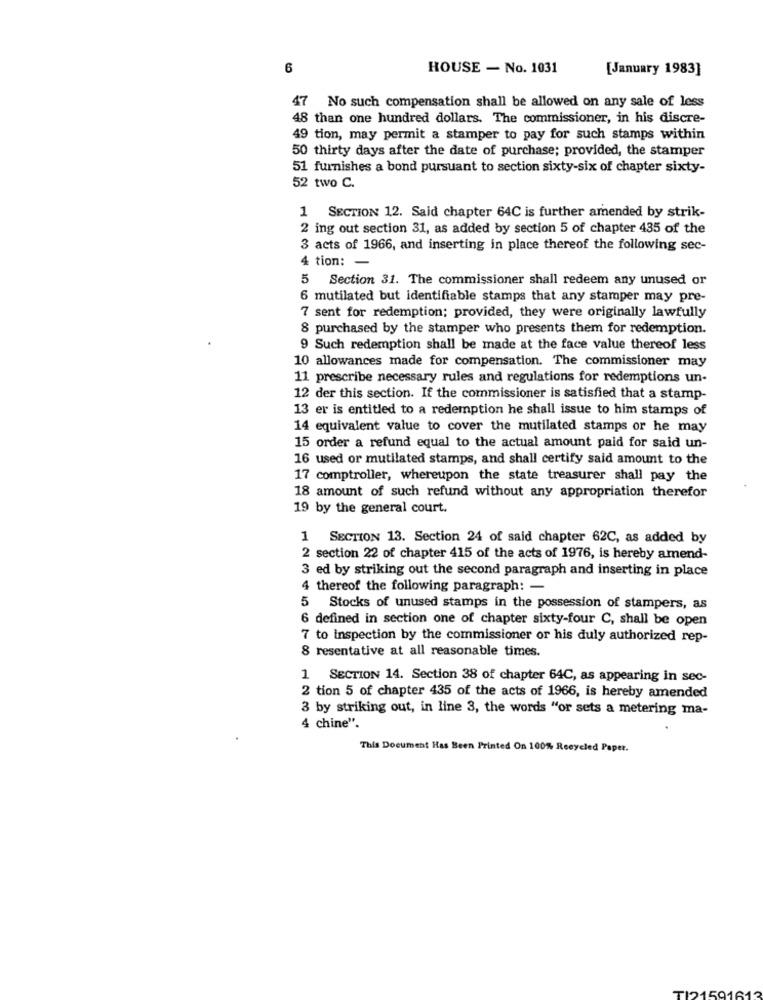
6
HOUSE - No. 1031
[January 1983]
47 No such compensation shall be allowed on any sale of less
48 than one hundred dollars. The commissioner, in his discre-
49 tion, may permit a stamper to pay for such stamps within
50 thirty days after the date of purchase; provided, the stamper
51 furnishes a bond pursuant to section sixty-six of chapter sixty-
52 two C.
1 SECTION 12. Said chapter 64C is further amended by strik-
2 ing out section 31, as added by section 5 of chapter 435 of the
3 acts of 1966, and inserting in place thereof the following sec-
4 tion: -
5 Section 31. The commissioner shall redeem any unused or
6 mutilated but identifiable stamps that any stamper may pre-
7 sent for redemption; provided, they were originally lawfully
8 purchased by the stamper who presents them for redemption.
9 Such redemption shall be made at the face value thereof less
10 allowances made for compensation. The commissioner may
11 prescribe necessary rules and regulations for redemptions un-
12 der this section. If the commissioner is satisfied that a stamp-
13 er is entitled to a redemption he shall issue to him stamps of
14 equivalent value to cover the mutilated stamps or he may
15 order a refund equal to the actual amount paid for said un-
16 used or mutilated stamps, and shall certify said amount to the
17 comptroller, whereupon the state treasurer shall pay the
18 amount of such refund without any appropriation therefor
19 by the general court.
1 SECTION 13. Section 24 of said chapter 62C, as added by
2 section 22 of chapter 415 of the acts of 1976, is hereby amend-
3 ed by striking out the second paragraph and inserting in place
4 thereof the following paragraph: -
5
Stocks of unused stamps in the possession of stampers, as
6 defined in section one of chapter sixty-four C, shall be open
7 to inspection by the commissioner or his duly authorized rep-
8 resentative at all reasonable times.
1 SECTION 14. Section 38 of chapter 64C, as appearing in sec-
2 tion 5 of chapter 435 of the acts of 1966, is hereby amended
3 by striking out, in line 3, the words "or sets a metering ma-
4 chine".
This Document Has Been Printed On 100% Recycled Paper.
TI21591613